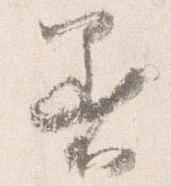
着